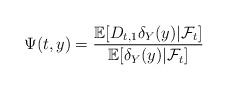
LaTeX: \begin{align*}\Psi(t,y)= \frac{\mathbb{E}[D_{t,1}\delta_Y(y)|\mathcal{F}_t]}{\mathbb{E}[\delta_Y(y)|\mathcal{F}_t]}\end{align*}